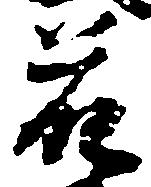
花